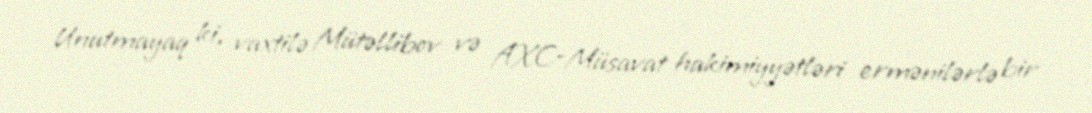
Unutmayaq ki, vaxtilə Mütəllibov və AXC-Müsavat hakimiyyətləri ermənilərlə bir